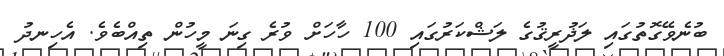
ބުނެވޭގޮތުގައި ލަޛުރީޤުގެ ލަޝްކަރުގައި 100 ހާހަށް ވުރެ ގިނަ މީހުން ތިއްބެވެ. އެހިނދު